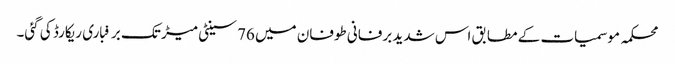
محکمہ موسمیات کے مطابق اس شدید برفانی طوفان میں 76 سینٹی میڑ تک برفباری ریکارڈ کی گئی۔